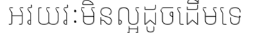
អវយវៈមិនល្អដូចដើមទេ